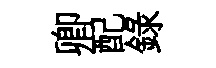
卿配録